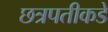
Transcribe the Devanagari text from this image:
छत्रपतीकडे